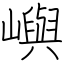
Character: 嶼